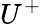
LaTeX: U^{+}